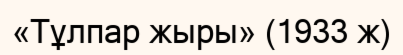
«Тұлпар жыры» (1933 ж)